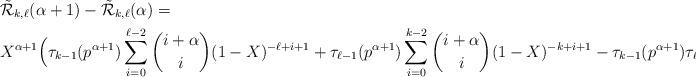
LaTeX: \begin{align*} & \tilde{\mathcal{R}}_{k,\ell}(\alpha+1)-\tilde{\mathcal{R}}_{k,\ell}(\alpha) = \\ & X^{\alpha+1} \Big( \tau_{k-1}(p^{\alpha+1}) \sum_{i=0}^{\ell-2} \binom{i+\alpha}{i}(1-X)^{-\ell+i+1} +\tau_{\ell-1}(p^{\alpha+1}) \sum_{i=0}^{k-2} \binom{i+\alpha}{i}(1-X)^{-k+i+1} -\tau_{k-1}(p^{\alpha+1}) \tau_{\ell-1}(p^{\alpha+1}) \Big).\end{align*}